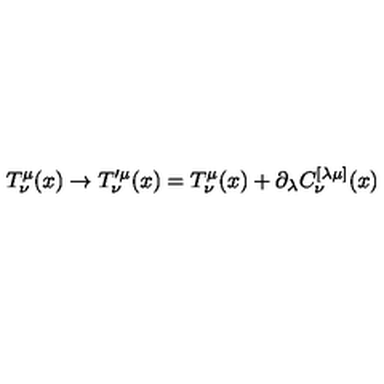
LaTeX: T _ { \nu } ^ { \mu } ( x ) \to T _ { \nu } ^ { \prime \mu } ( x ) = T _ { \nu } ^ { \mu } ( x ) + \partial _ { \lambda } C _ { \nu } ^ { [ \lambda \mu ] } ( x )